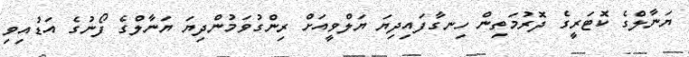
ޔަނާލްގެ ކޮޓަރީގެ ދޮރުމަތިން ހިނގާފައިދިޔަ ޔަލްވީއަށް ރިންގުވަމުންދިޔަ ޔަނާލްގެ ފޯނުގެ އަޑުއިވި